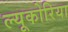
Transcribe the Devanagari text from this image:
ल्यूकोरिया